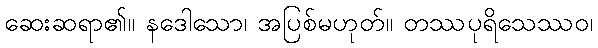
ဆေးဆရာ၏။ နဒေါသော၊ အပြစ်မဟုတ်။ တဿပုရိသေဿဝ၊